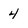
Character: 4